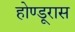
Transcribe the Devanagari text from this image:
होण्डूरास